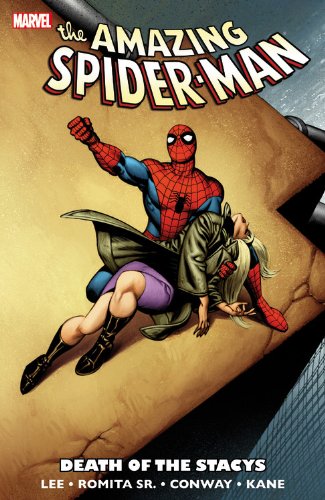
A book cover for Spider-Man: Death of the Stacys; Stan Lee; Comics & Graphic Novels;